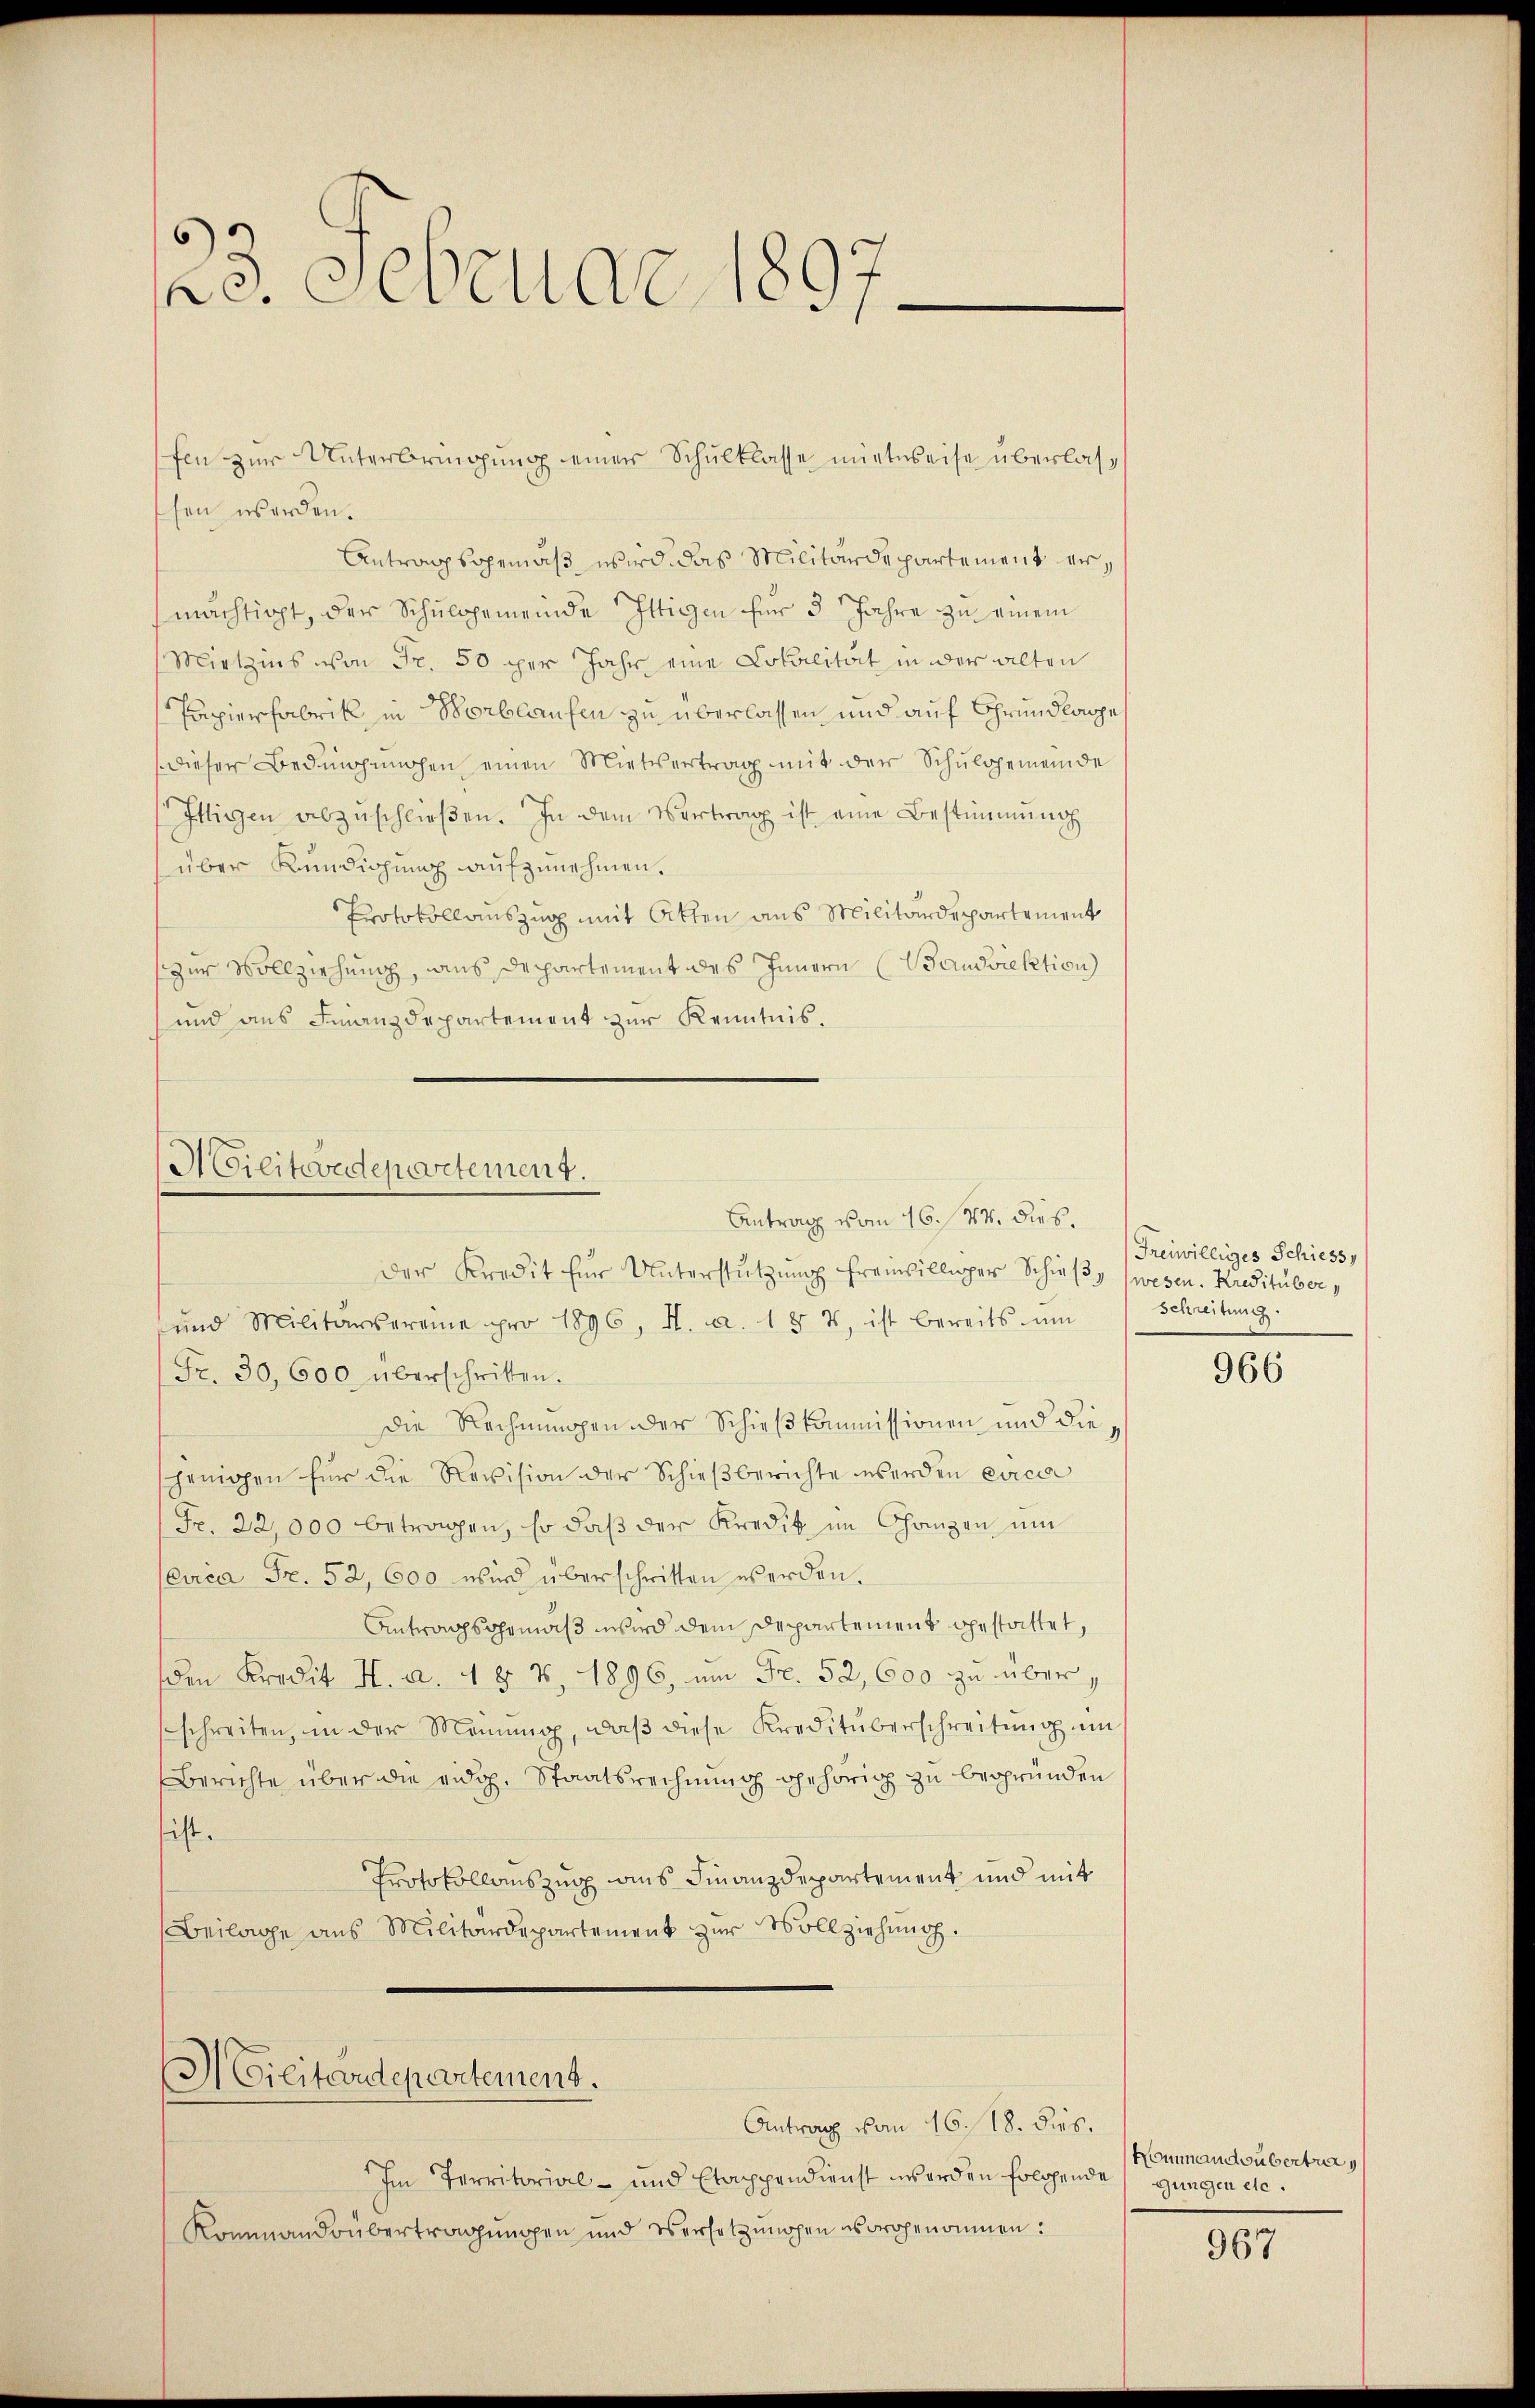
22. Februar 1897.

ssen werden.
Antragsgemäß wird das Militärdepartement ermächtigt, der Schulgemeinde Ittigen für 3 Jahre zu einem
Mirtzins von Fr. 50 per Jahr eine Lokalität in der alten
Papierfabrik in Vorblaufen zu überlassen und auf Grundlage
dieser Bedingungen einen Mietvertrag mit der Schulgemeinde
Ittigen abzŭschlieβen. In dem Vertrag ist eine Bestimmung
über Kündigung aufzunehmen.
Protokollauszug mit Atten aus Militärdepartement
zur Vollziehung, aus Departement des Innern (Wandsiektion
und aus Finanzdepartement zur Kenntnis.

fen zur Unterbringung einer Schulklasse mietweise überlas¬

Militendepartement.
Antrag vom 16. 44. dies.

Der Kredit für Unterstützŭng freiwilliger Schieß (wesen. Kredituber,
und Militärvereine pro 1896, N. a. 187, ist bereits ŭm
Fr. 30,600. überschritten.
Die Rechnungen der Schieß kommissionen und diesjenigen für die Revision der Schieβberichte werden circa
Fr. 22,000 betragen, so daß der Kredit im Ganzen um
Circa Fr. 52, 600 wird überschritten werden.
Antragsgemäß wird dem Departement gestattet,
den Kredit H. a. 4 § 7, 1896, um Fr. 52,600 zu überschreiten, in der Meinung, daβ diese Kreditüberschreitung um
Berichte über die eidg. Staatsrechnung gehörig zu begründen
sist.
Protokollauszug aus Finanzdepartement und mit
Beilage aus Militärdepartement zur Vollziehung.

Militärdepartement.

Antrag von 16. 18. dies

Im Territorial- und Etappendienst werden folgende
Kommandsübertragungen und Versetzungen vorgenommen:

Freiwilliges Schiess
Schreitung.

966

Kommandsubertra
gungen etc.

967